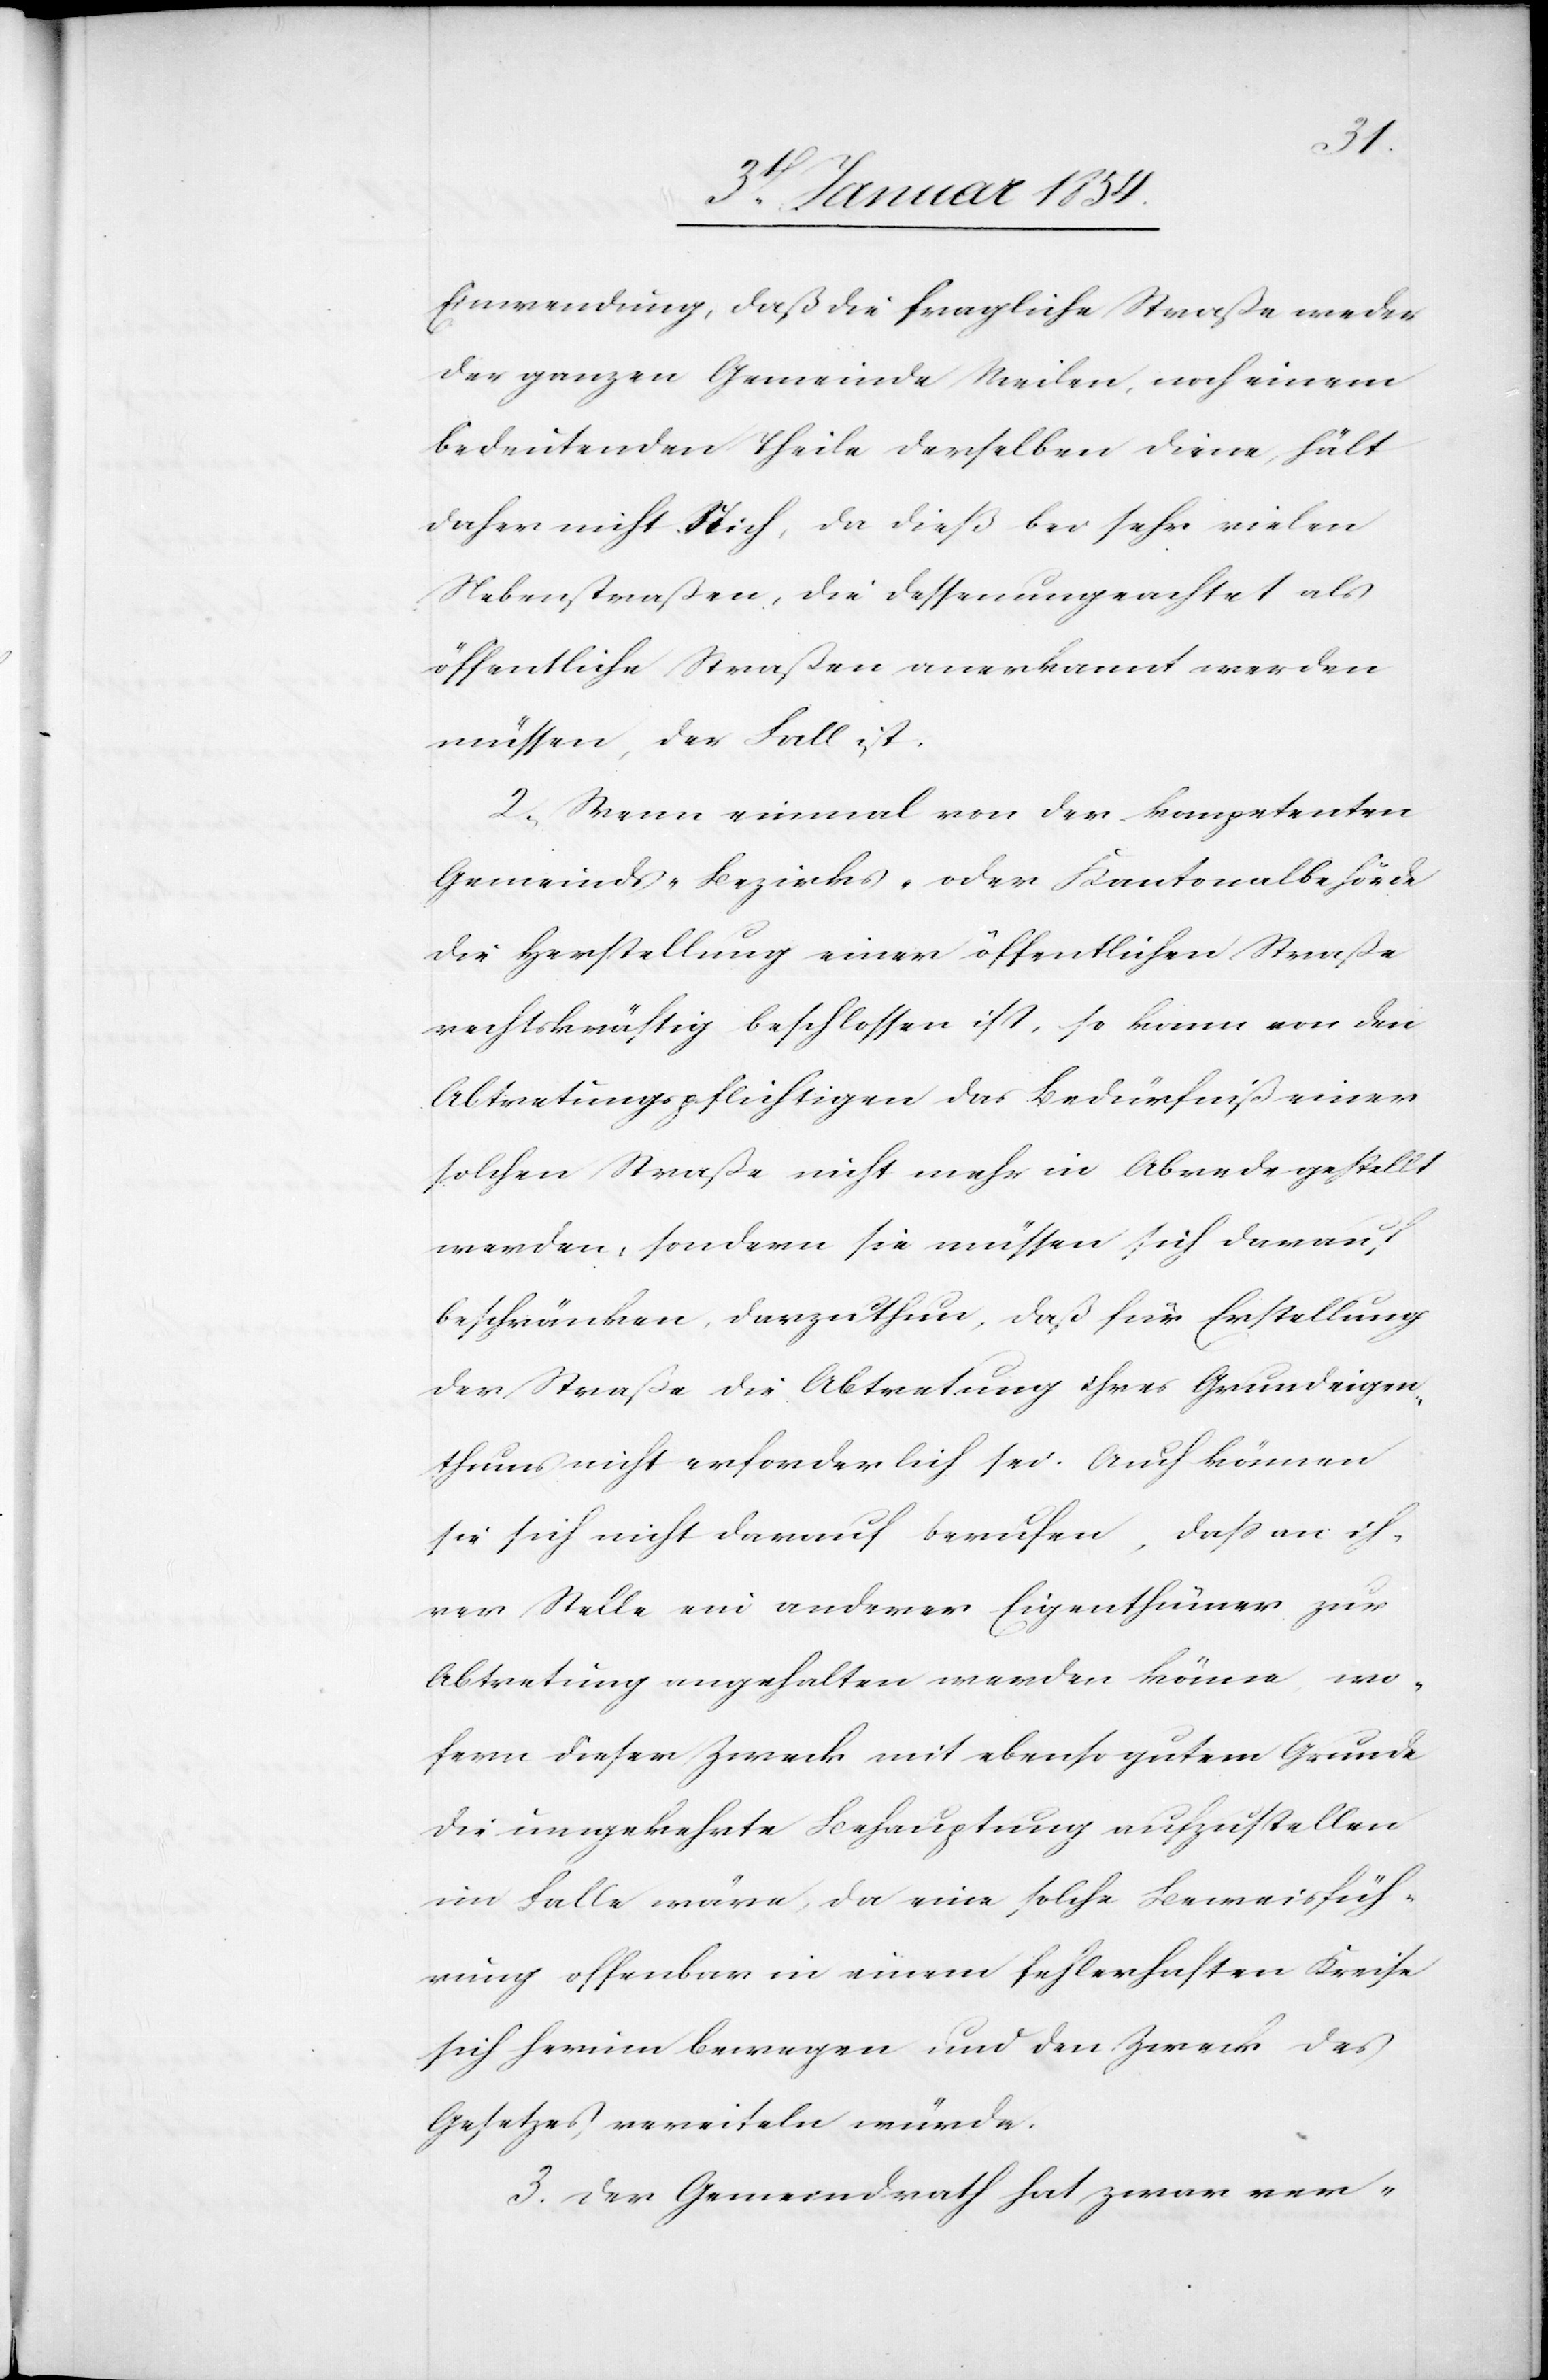
Einwendung, daß die fragliche Straße weder
der ganzen Gemeinde Meilen, noch einem
bedeutenden Theile derselben diene, hält
daher nicht Stich, da dieß bei sehr vielen
Nebenstraßen, die dessenungeachtet als
öffentliche Straßen anerkannt werden
müssen, der Fall ist.
2. Wenn einmal von der kompetenten
Gemeinds-[,] Bezirks- oder Kantonalbehörde
die Herstellung einer öffentlichen Straße
rechtskräftig beschlossen ist, so kann von den
Abtretungspflichtigen das Bedürfniß einer
solchen Straße nicht mehr in Abrede gestellt
werden, sondern sie müssen sich darauf
beschränken, darzuthun, daß für Erstellung
der Straße die Abtretung ihres Grundeigen¬
thums nicht erforderlich sei. Auch können
sie sich nicht darauf berufen, daß an ih¬
rer Stelle ein anderer Eigenthümer zur
Abtretung angehalten werden könne, wo¬
fern dieser Zweck mit ebenso gutem Grunde
die umgekehrte Behauptung aufzustellen
im Falle wäre, da eine solche Beweisfüh¬
rung offenbar in einem fehlerhaften Kreise
sich herum bewegen und den Zweck des
Gesetzes vereiteln würde.
3. Der Gemeindrath hat zwar ver-